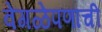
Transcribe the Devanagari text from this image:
वेगळेपणाची